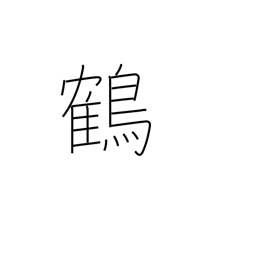
Meaning: stork